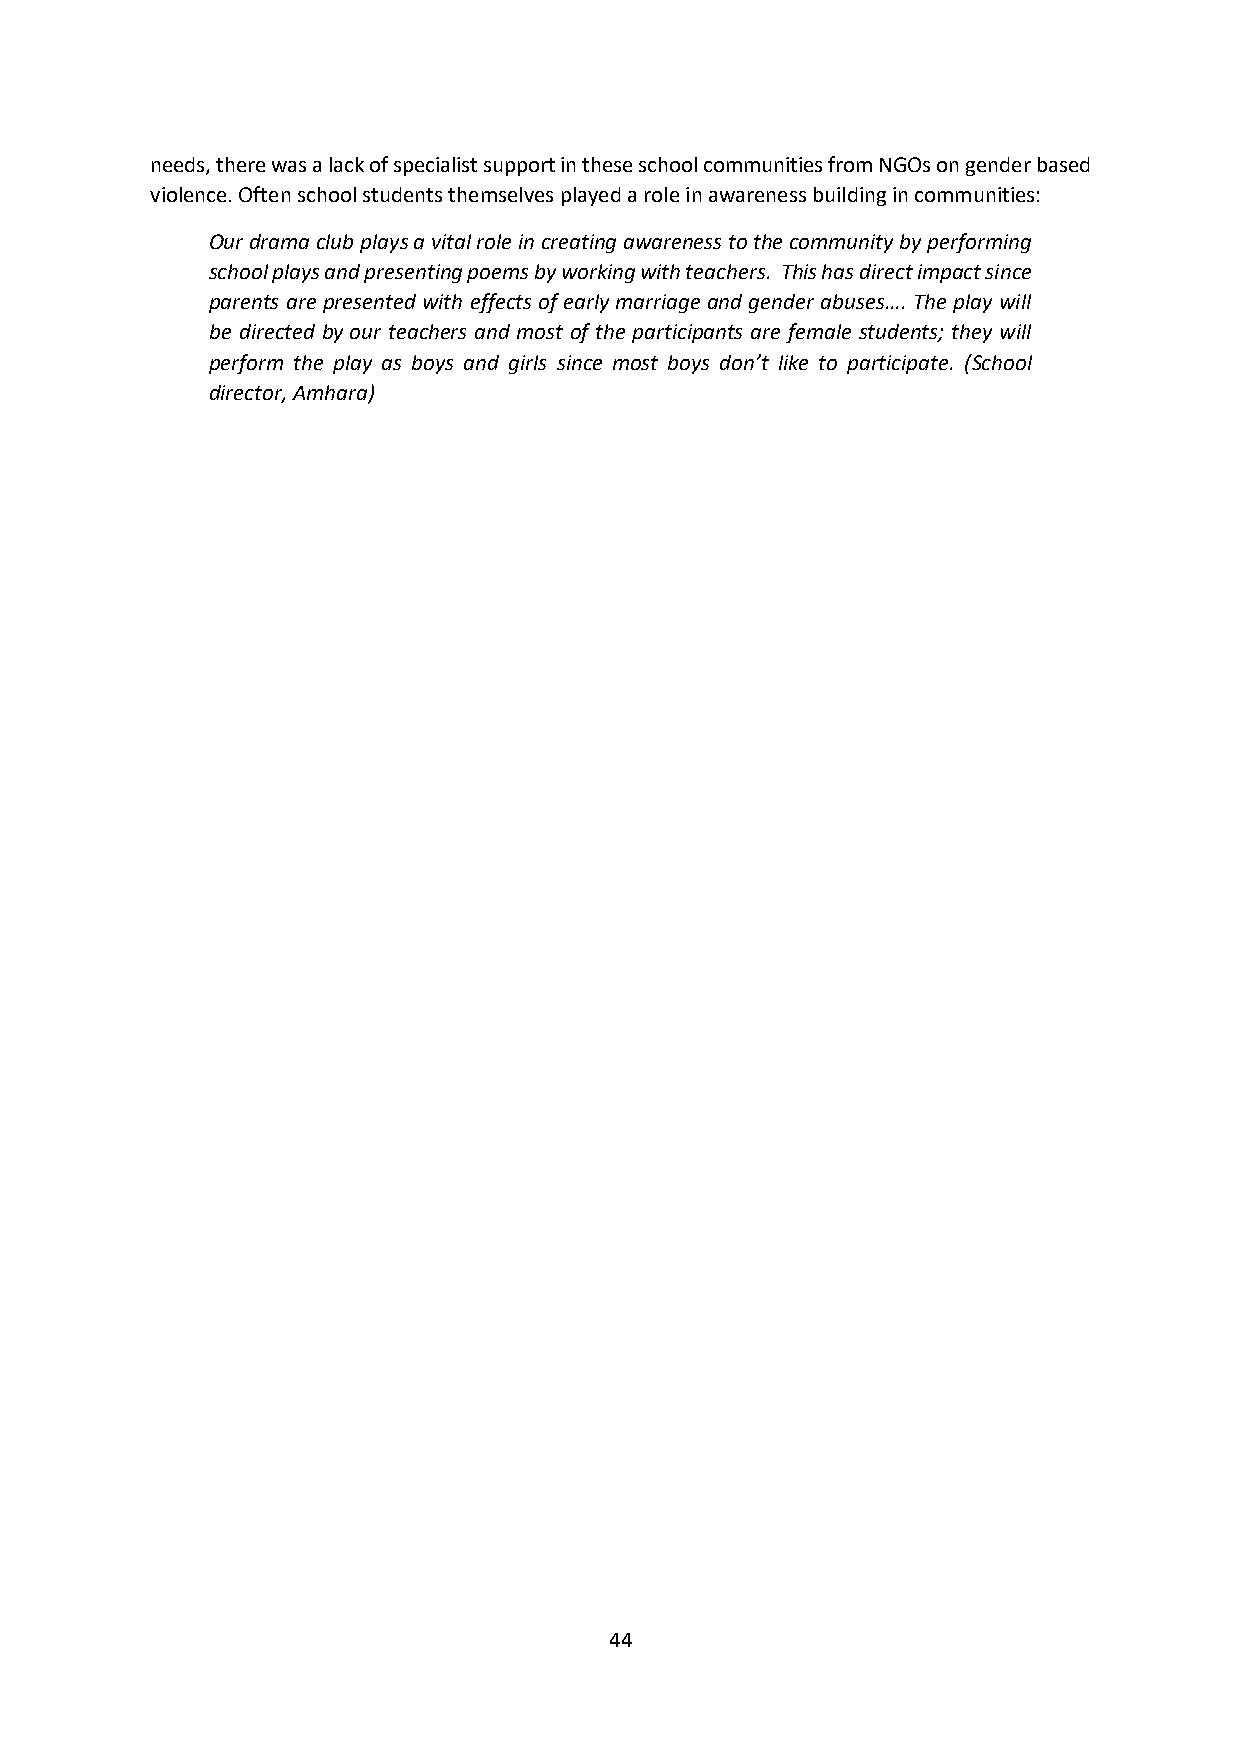
needs, there was a lack of specialist support in these school communities from NGOs on gender based
 violence. Often school students themselves played a role in awareness building in communities:
 Our drama club plays a vital role in creating awareness to the community by performing
 school plays and presenting poems by working with teachers. This has direct impact since
 parents are presented with effects of early marriage and gender abuses…. The play will
 be directed by our teachers and most of the participants are female students; they will
 perform the play as boys and girls since most boys don’t like to participate. (School
 director, Amhara)
 44